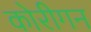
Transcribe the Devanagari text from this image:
कोरीगन